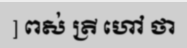
] ពស់ ត្រី ហៅ ថា